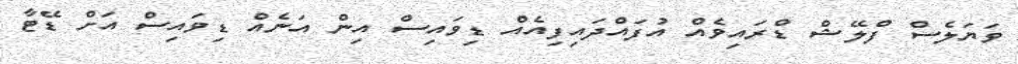
ވަޔަލެސް ފްލޭޝް ޑްރައިވެއް އުފައްދައިފިއެއް ޑިވައިސް އިން އަނެއް ޑިވައިސް އަށް ޑޭޓާ